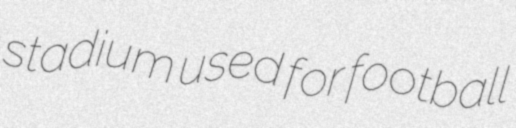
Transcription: stadium used for football